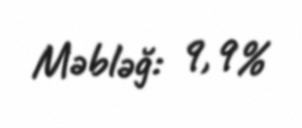
Məbləğ: 9,9%